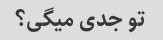
تو جدی میگی؟